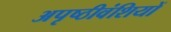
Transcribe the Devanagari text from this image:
अपृष्ठीवंशियों